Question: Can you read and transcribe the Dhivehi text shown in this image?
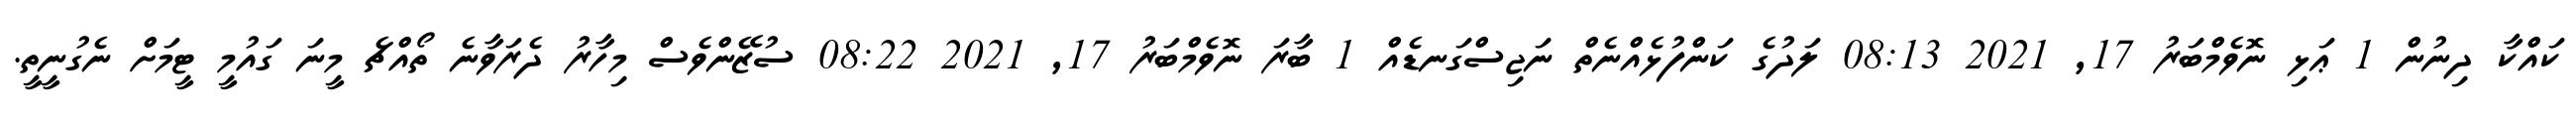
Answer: ކައްކާ ދިނުން 1 ޢަޅި ނޮވެމްބަރު 17, 2021 08:13 ލަދުގެ ކަންފުޅެއްނެތް ނަޖިސްގަނޑެއް 1 ބާރަ ނޮވެމްބަރު 17, 2021 08:22 ސުޒޭންވެސް މިހާރު ދެރަވާނެ ތޯއްޗެ މީނަ ގައުމީ ޓީމަށް ނެގުނީތީ.